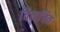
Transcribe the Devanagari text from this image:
विलचित